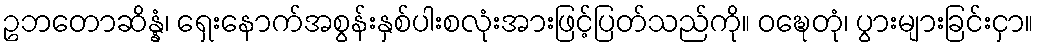
ဥဘတောဆိန္နံ၊ ရှေးနောက်အစွန်းနှစ်ပါးစလုံးအားဖြင့်ပြတ်သည်ကို။ ဝဍ္ဎေတုံ၊ ပွားများခြင်းငှာ။